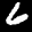
Label: 6